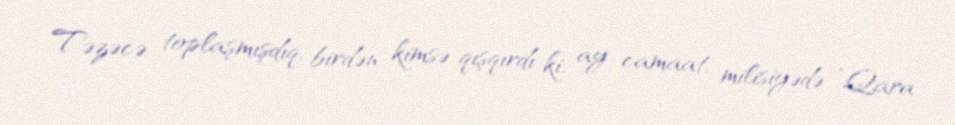
Təzəcə toplaşmışdıq, birdən kimsə qışqırdı ki, ay camaat, milisiyədə ”Qara